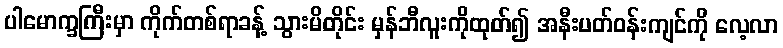
ပါမောက္ခကြီးမှာ ကိုက်တစ်ရာခန့် သွားမိတိုင်း မှန်ဘီလူးကိုထုတ်၍ အနီးပတ်ဝန်းကျင်ကို လေ့လာ